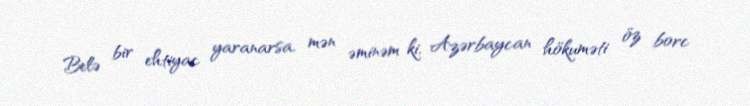
Belə bir ehtiyac yaranarsa, mən əminəm ki, Azərbaycan hökuməti öz borc